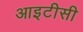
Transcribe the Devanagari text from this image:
आइटीसी